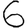
Digit: 6